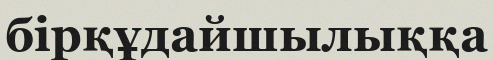
бірқұдайшылыққа